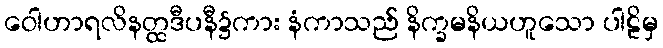
ဝေါဟာရလိနတ္ထဒီပနီ၌ကား နံကာသည် နိက္ခမနိယဟူသော ပါဠိမှ